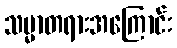
သမ္မာတရားအကြောင်း